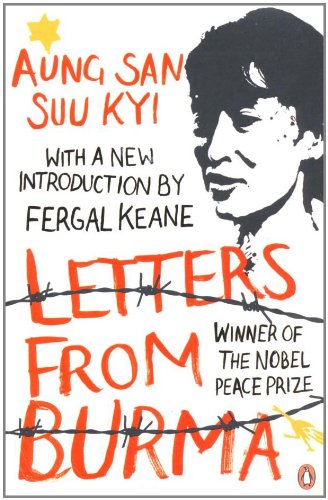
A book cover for Letters from Burma; Aung San Suu Kyi; Literature & Fiction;